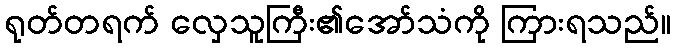
ရုတ်တရက် လှေသူကြီး၏အော်သံကို ကြားရသည်။